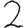
Digit: 2